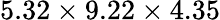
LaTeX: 5.32\times 9.22\times 4.35